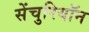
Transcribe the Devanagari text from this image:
सेंचुरियॉन